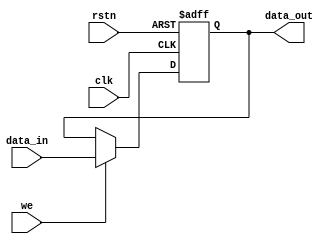
`timescale 1ns/1ps
`default_nettype none

// Program Counter
module PCnt(
    input wire clk,
    input wire rstn,
    input wire we,
    input wire [31:0] data_in,
    output wire [31:0] data_out
    );

    reg [31:0] current_pc;

    always@(posedge clk or negedge rstn)
    begin
        if (!rstn) begin 
            current_pc <= 32'h01000000;
        end 
        else if(we) begin
            current_pc <= data_in;
        end
    end
    
    assign data_out = current_pc;
    
endmodule